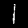
Digit: 1